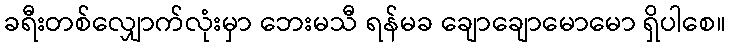
ခရီးတစ်လျှောက်လုံးမှာ ဘေးမသီ ရန်မခ ချောချောမောမော ရှိပါစေ။